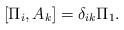
LaTeX: \begin{align*}[\Pi_{i},A_{k}]=\delta_{ik}\Pi_{1}.\end{align*}